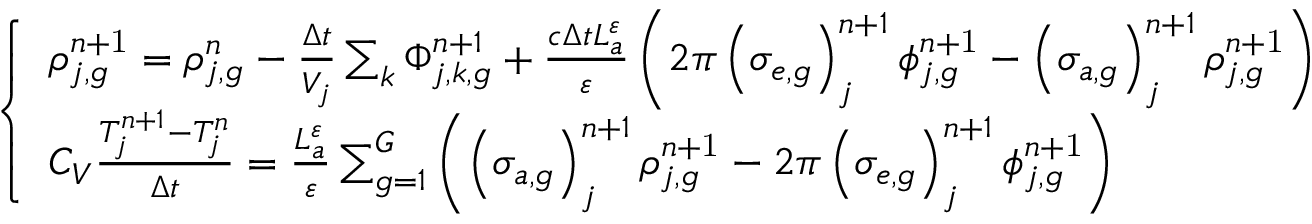
\left\{ \begin{array} { l } { { \rho _ { j , g } ^ { n \mathrm { + 1 } } = \rho _ { j , g } ^ { n } - \frac { \Delta t } { V _ { j } } \sum _ { k } \Phi _ { j , k , g } ^ { n + 1 } + \frac { c \Delta t L _ { a } ^ { \varepsilon } } { \varepsilon } \left( 2 \pi \left( \sigma _ { e , g } \right) _ { j } ^ { n + 1 } \phi _ { j , g } ^ { n \mathrm { + 1 } } - \left( \sigma _ { a , g } \right) _ { j } ^ { n + 1 } \rho _ { j , g } ^ { n \mathrm { + 1 } } \right) } } \\ { { C _ { V } \frac { T _ { j } ^ { n + 1 } - T _ { j } ^ { n } } { \Delta t } = \frac { L _ { a } ^ { \varepsilon } } { \varepsilon } \sum _ { g = 1 } ^ { G } \left( \left( \sigma _ { a , g } \right) _ { j } ^ { n + 1 } \rho _ { j , g } ^ { n \mathrm { + 1 } } - 2 \pi \left( \sigma _ { e , g } \right) _ { j } ^ { n + 1 } \phi _ { j , g } ^ { n \mathrm { + 1 } } \right) } } \end{array} \right.